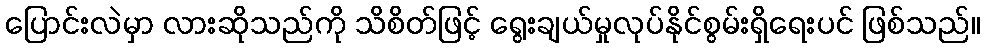
ပြောင်းလဲမှာ လားဆိုသည်ကို သိစိတ်ဖြင့် ရွေးချယ်မှုလုပ်နိုင်စွမ်းရှိရေးပင် ဖြစ်သည်။